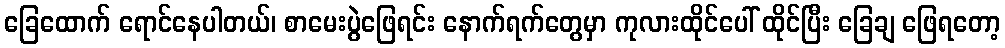
ခြေထောက် ရောင်နေပါတယ်၊ စာမေးပွဲဖြေရင်း နောက်ရက်တွေမှာ ကုလားထိုင်ပေါ် ထိုင်ပြီး ခြေချ ဖြေရတော့